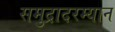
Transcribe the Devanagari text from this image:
समुद्रादरम्यान